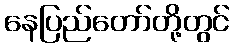
နေပြည်တော်တို့တွင်